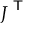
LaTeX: { \boldsymbol { J } } ^ { \textsf { T } }